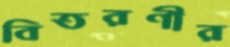
বিতরণীর